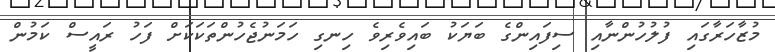
މުޒާހަރާގައި ފުލުހުންނާއި ސިފައިންގެ ބަޔަކު ބައިވެރިވެ ހިނގި ހަމަނުޖެހުންތަކަކަށް ފަހު ރައީސް ކަމުން